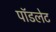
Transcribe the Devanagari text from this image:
पॉडलेट